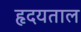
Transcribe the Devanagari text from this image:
हृदयताल